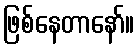
ဖြစ်နေတာနော်။